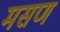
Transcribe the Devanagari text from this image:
मसण